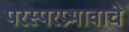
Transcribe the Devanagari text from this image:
परस्परप्रभावाचे